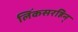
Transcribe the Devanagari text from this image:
लिंकसरहिन्